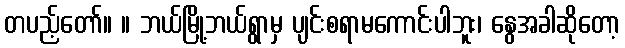
တပည့်တော်။ ။ ဘယ်မြို့ဘယ်ရွာမှ ပျင်းစရာမကောင်းပါဘူး၊ နွေအခါဆိုတော့